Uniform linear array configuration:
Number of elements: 16
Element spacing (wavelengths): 0.25
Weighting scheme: uniform
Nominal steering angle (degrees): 45
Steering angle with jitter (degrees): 43.457
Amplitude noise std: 0.05
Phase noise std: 0.05

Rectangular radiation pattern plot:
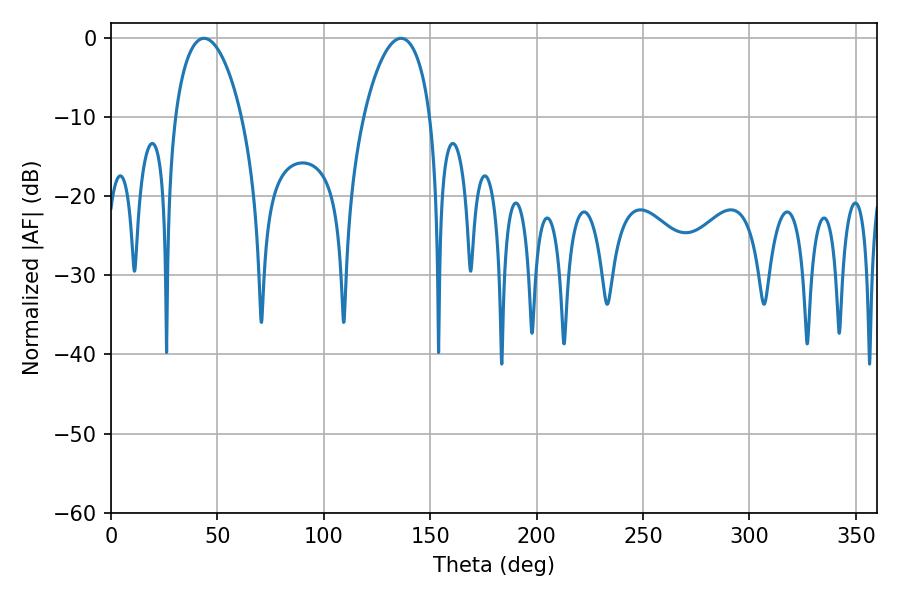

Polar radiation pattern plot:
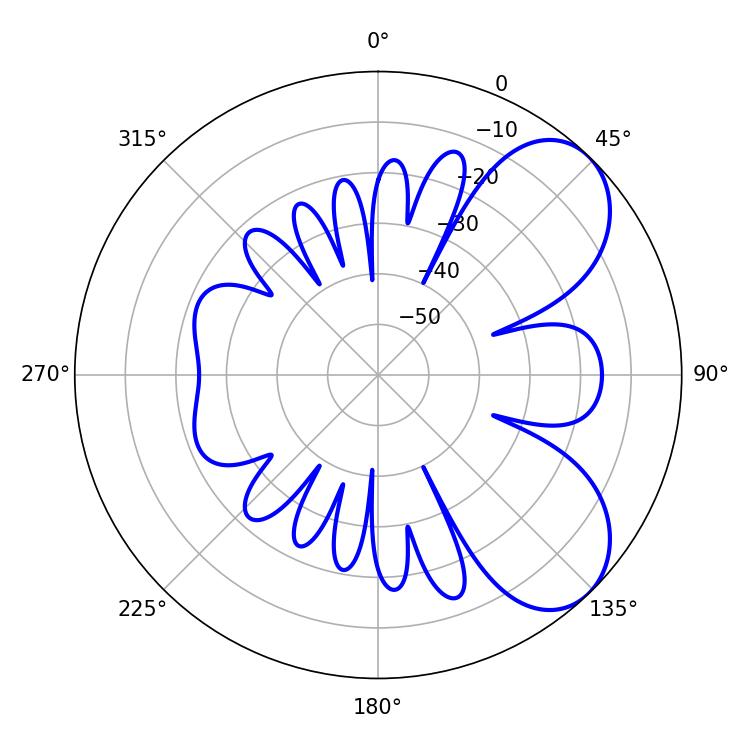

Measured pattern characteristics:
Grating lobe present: FALSE
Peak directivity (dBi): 6.371
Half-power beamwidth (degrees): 17.82
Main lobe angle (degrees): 43.74